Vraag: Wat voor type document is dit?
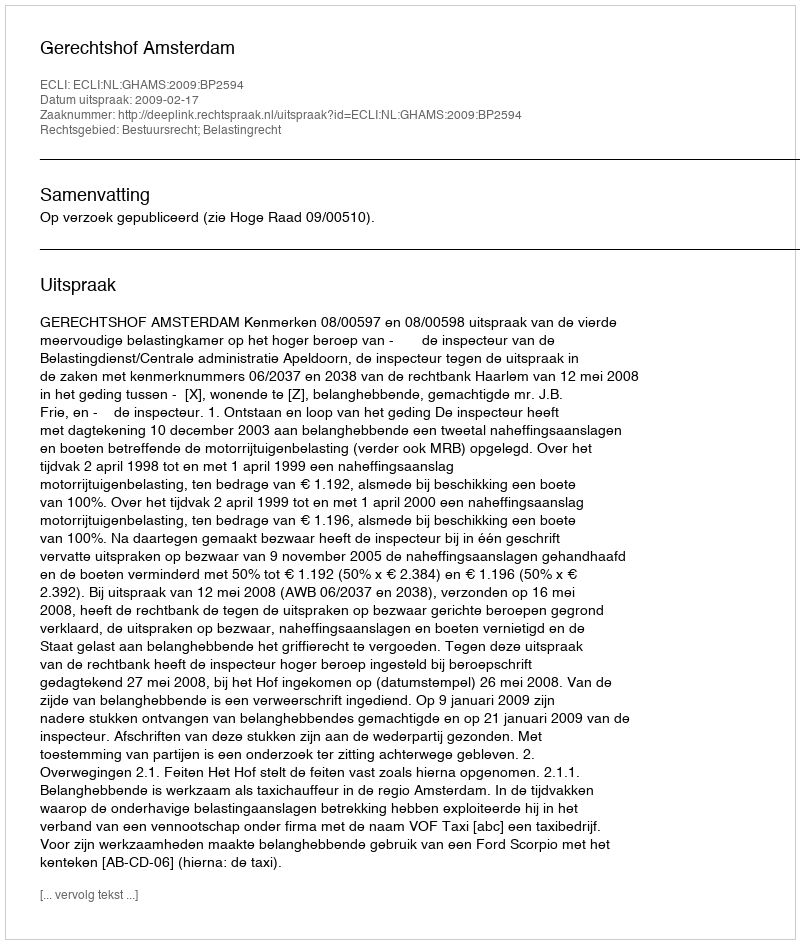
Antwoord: Uitspraak